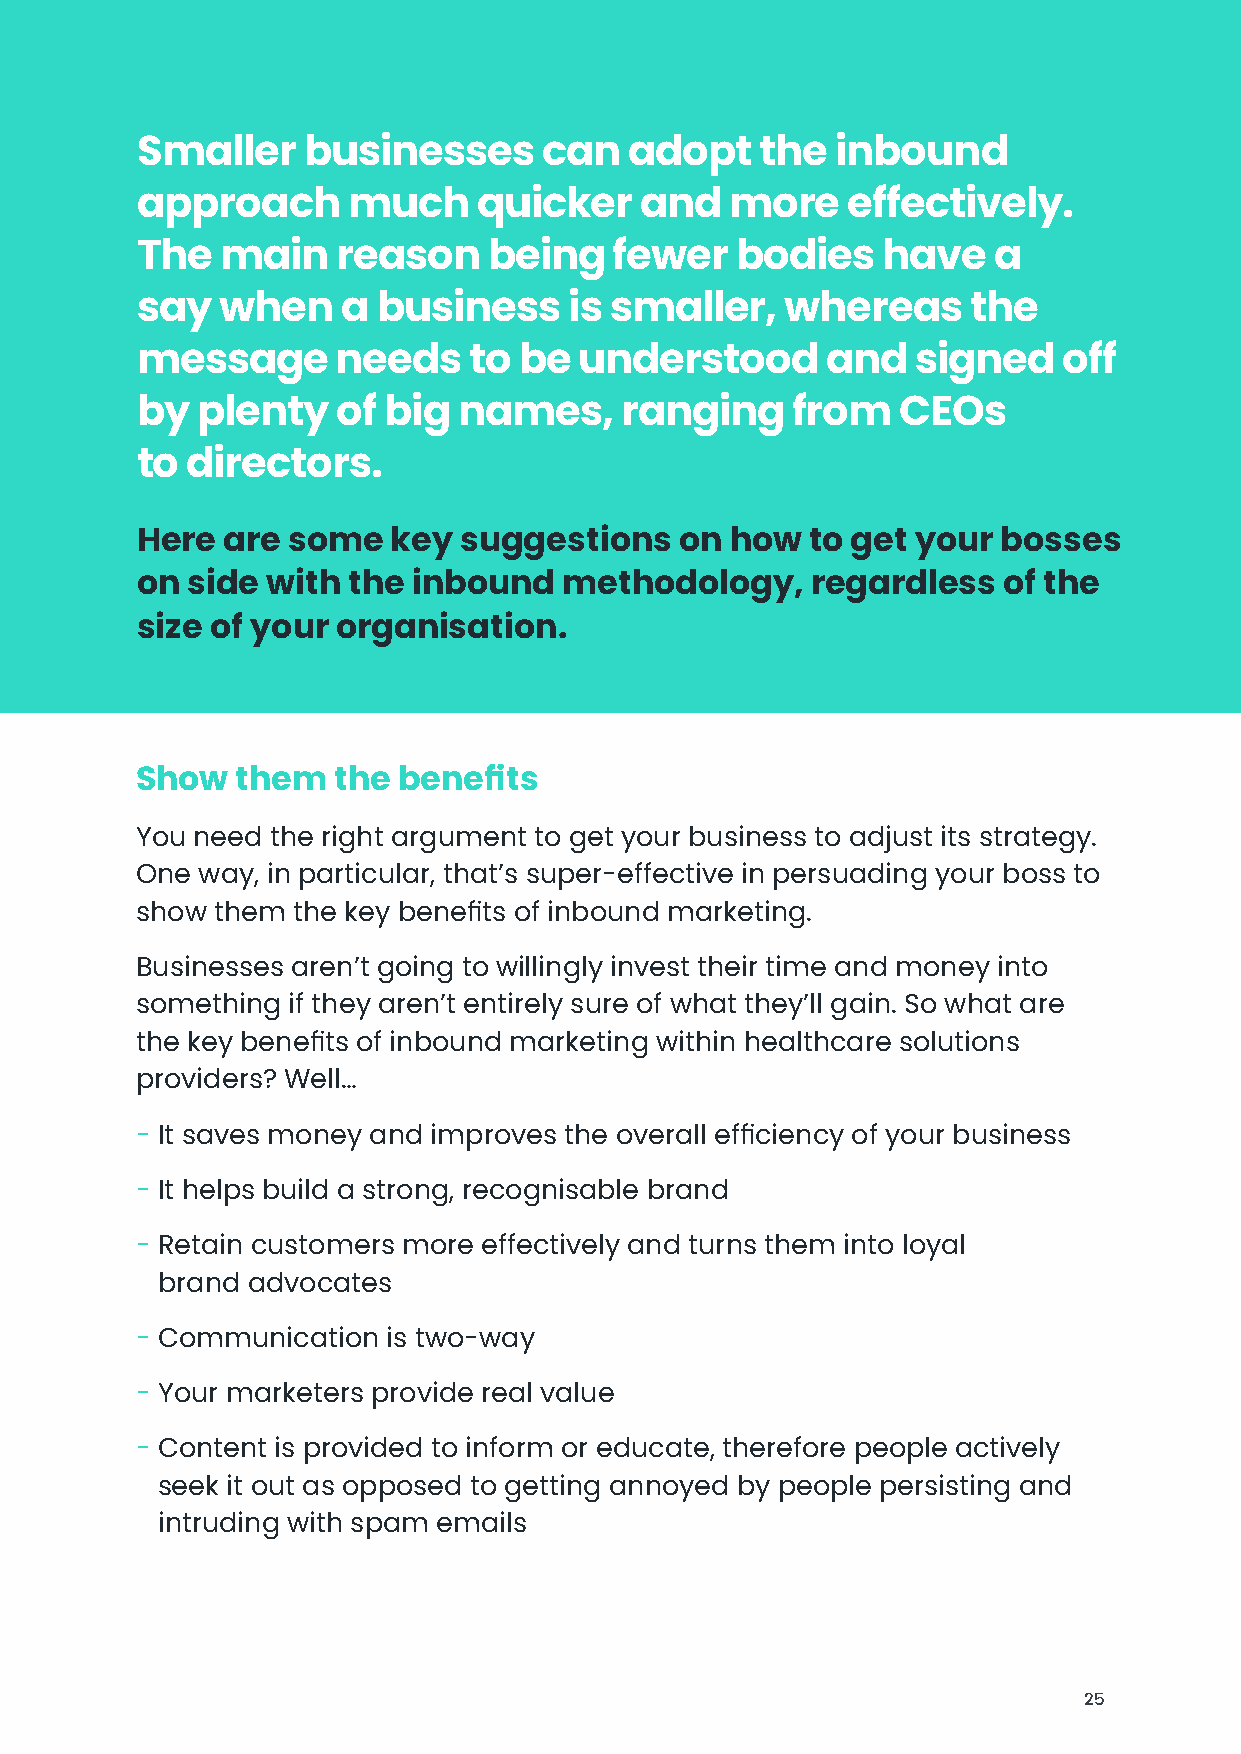
Smaller    businesses      can   adopt   the  inbound
 approach      much     quicker   and   more    effectively.
 The   main   reason    being    fewer   bodies   have    a
 say   when    a business     is smaller,   whereas     the
 message      needs    to be  understood       and   signed   off
 by  plenty   of big  names,     ranging    from    CEOs
 to directors.
 Here  are some   key suggestions    on how   to get your bosses
 on side  with the inbound   methodology,     regardless  of the
 size of your organisation.
 Show   them  the benefits
 You need the right argument to get your business to adjust its strategy.
 One way, in particular, that’s super-effective in persuading your boss to
 show them the key benefits of inbound marketing.
 Businesses aren’t going to willingly invest their time and money into
 something if they aren’t entirely sure of what they’ll gain. So what are
 the key benefits of inbound marketing within healthcare solutions
 providers? Well…
 - It saves money and improves the overall efficiency of your business
 - It helps build a strong, recognisable brand
 - Retain customers more effectively and turns them into loyal
 brand advocates
 - Communication  is two-way
 - Your marketers provide real value
 - Content is provided to inform or educate, therefore people actively
 seek it out as opposed to getting annoyed by people persisting and
 intruding with spam emails
 25